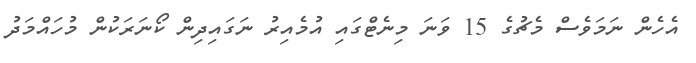
އެހެން ނަމަވެސް މެޗުގެ 15 ވަނަ މިނެޓްގައި އުމެއިރު ނަގައިދިން ކޯނަރަކުން މުހައްމަދު